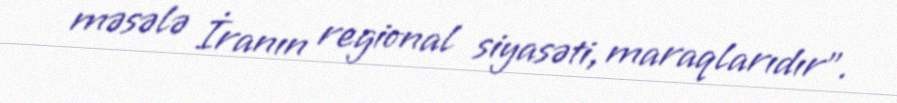
məsələ İranın regional siyasəti, maraqlarıdır”.